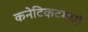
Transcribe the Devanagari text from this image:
कनेटिकटमध्ये